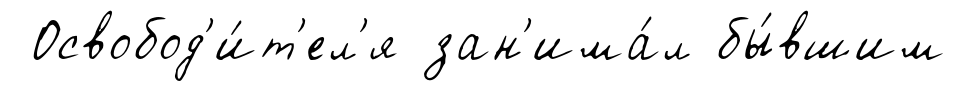
Освобод'и́т'ел'я зан'има́л бы́вшим